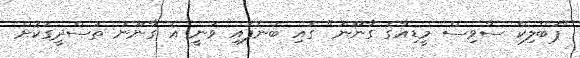
"ޕަބްލިކް ސާވިސް މީޑިއާގެ ގާނޫނު" ގައި ބުނެފައި ވަނީ އެ ގާނޫނު ތަސްދީގުކޮށް